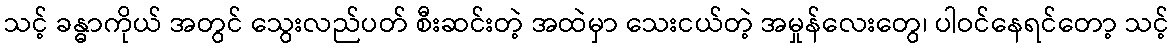
သင့် ခန္ဓာကိုယ် အတွင် သွေးလည်ပတ် စီးဆင်းတဲ့ အထဲမှာ သေးငယ်တဲ့ အမှုန်လေးတွေ၊ ပါဝင်နေရင်တော့ သင့်